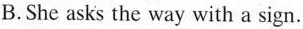
B.She asks the way with a sign.